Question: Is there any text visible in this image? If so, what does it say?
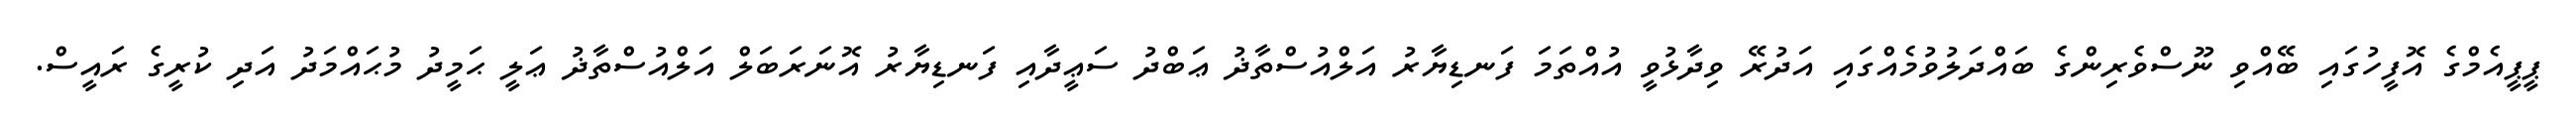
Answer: ޕީޕީއެމްގެ އޮފީހުގައި ބޭއްވި ނޫސްވެރިންގެ ބައްދަލުވުމެއްގައި އަދުރޭ ވިދާޅުވީ އުއްތަމަ ފަނޑިޔާރު އަލްއުސްތާޛު ޢަބްދު ސަޢީދާއި ފަނޑިޔާރު އޮނަރަބަލް އަލްއުސްތާޛު ޢަލީ ޙަމީދު މުޙައްމަދު އަދި ކުރީގެ ރައީސް.